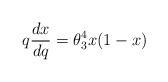
LaTeX: \begin{align*} q \frac{d x}{dq} = \theta_{3}^{4}x(1-x)\end{align*}